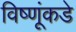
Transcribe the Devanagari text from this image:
विष्णूंकडे